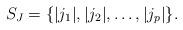
LaTeX: \begin{align*}S_{J}=\{ |j_1|, |j_2|, \ldots , |j_p| \}.\end{align*}